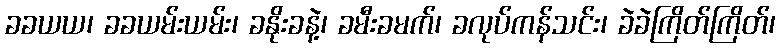
ခခယယ၊ ခခယမ်းယမ်း၊ ခနိုးခနဲ့၊ ခမီးခမက်၊ ခလုပ်ကန်သင်း၊ ခဲခဲကြိတ်ကြိတ်၊